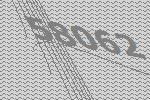
58062